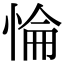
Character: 惀